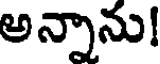
అన్నాను!